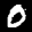
Label: 0